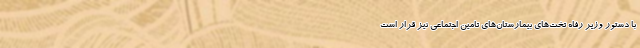
با دستور وزیر رفاه تخت‌های بیمارستان‌های تامین اجتماعی نیز قرار است